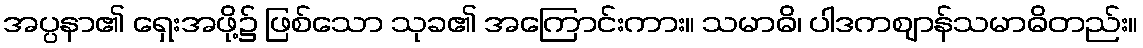
အပ္ပနာ၏ ရှေးအဖို့၌ ဖြစ်သော သုခ၏ အကြောင်းကား။ သမာဓိ၊ ပါဒကဈာန်သမာဓိတည်း။